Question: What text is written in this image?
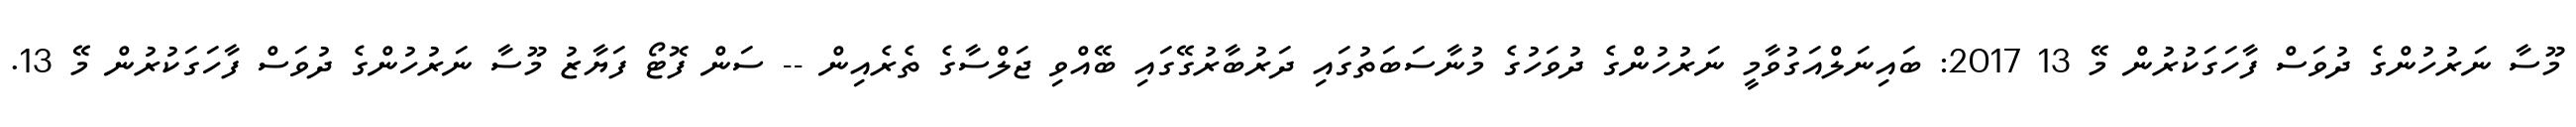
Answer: މޫސާ ނަރުހުންގެ ދުވަސް ފާހަގަކުރުން މޭ 13 2017: ބައިނަލްއަގުވާމީ ނަރުހުންގެ ދުވަހުގެ މުނާސަބަތުގައި ދަރުބާރުގޭގައި ބޭއްވި ޖަލްސާގެ ތެރެއިން -- ސަން ފޮޓޯ ފަޔާޒު މޫސާ ނަރުހުންގެ ދުވަސް ފާހަގަކުރުން މޭ 13.